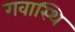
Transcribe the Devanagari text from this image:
गवास्थि